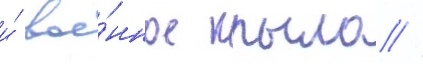
и́ вое́нное крыло //